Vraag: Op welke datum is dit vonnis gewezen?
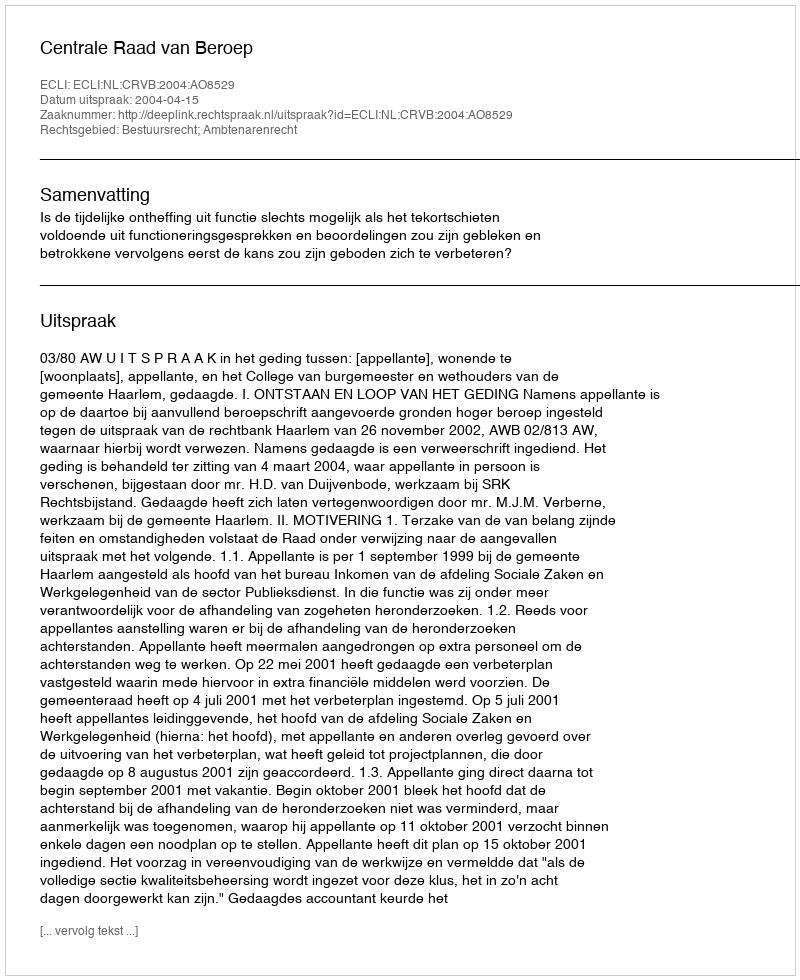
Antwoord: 2004-04-15